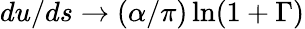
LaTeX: du/ds\to(\alpha/\pi)\ln(1+\Gamma)